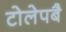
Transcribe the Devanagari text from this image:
टोलेपबै